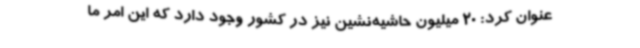
عنوان کرد: 20 میلیون حاشیه‌نشین نیز در کشور وجود دارد که این امر ما